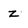
Character: Z